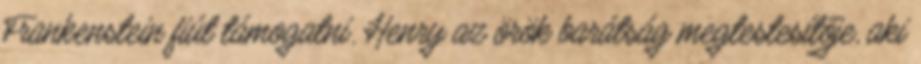
Frankenstein fiút támogatni. Henry az örök barátság megtestesítője, aki